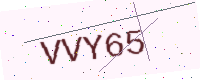
Text: VVY65